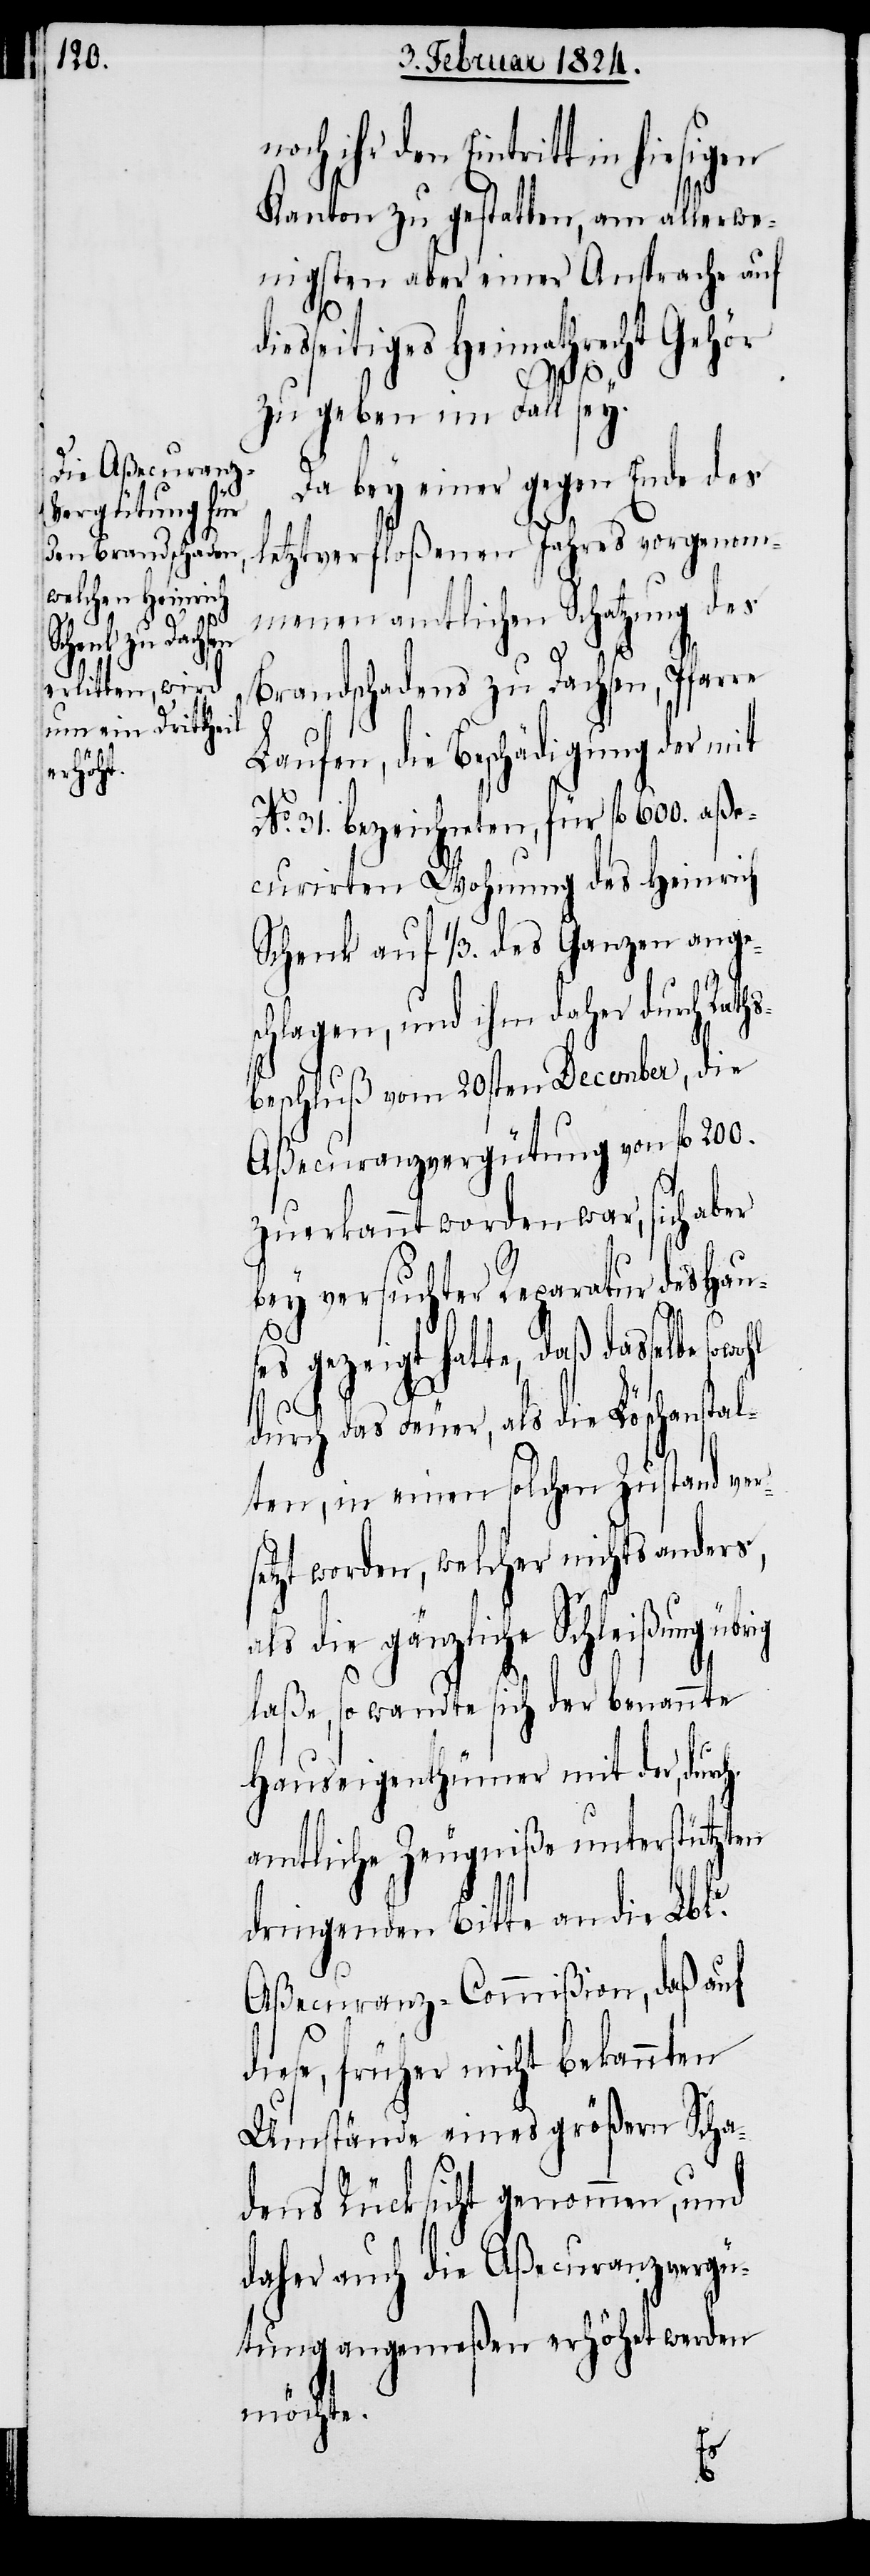
noch ihr den Eintritten in
Kanton zu gestatten, am allerwe¬
nigsten aber einer Ansprache auf
diesseitiges Heimathrecht Gehör
zu geben im Fall sey.
Da bey einer gegen Ende des
letztverfloßenen Jahres vorgenom¬
menen amtlichen Schatzung des
Brandschadens zu Dachsen, Pfarre
Laufen, die Beschädigung der mit
No. 31. bezeichneten, für fl. 600. aße¬
curirten Wohnung des Heinrich
Schenk auf 1/3. des Ganzen anges¬
chlagen, und ihm daher durch Rat¬
beschluß vom 20sten December, die
Aßecuranzvergütung von fl. 200.
zuerkannt worden war, sich aber
bey versuchter Reparatur des Hau¬
ses gezeugt hatte, daß dasselbe sow¬
durch das Feuer, als die Löschanstal¬
ten, in einen solchen Zustand ver¬
setzt worden, welcher nichts anders,
ls die gänzliche Schleißung
laße, so wandte sich der benannte
Hauseigenthümer mit der durch
amtliche Zeugniße unterstützten
dringenden Bitte an die Lbl.
Aßecuranz-Commißion, daß auf
diese, früher nicht bekannten
Umstände eines größern Scha¬
dens Rücksicht genommen, und
daher auch die Aßecuranzvergü¬
tung angemeßen erhöhet werden
möchte.
a¬